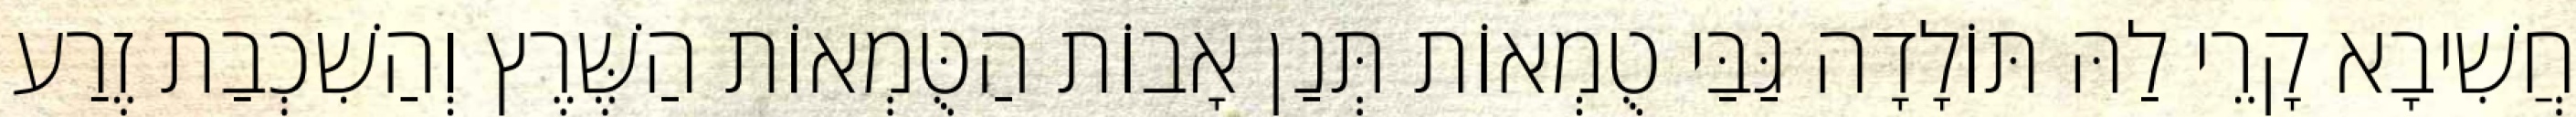
חֲשִׁיבָא קָרֵי לַהּ תּוֹלָדָה גַּבַּי טֻמְאוֹת תְּנַן אָבוֹת הַטֻּמְאוֹת הַשֶּׁרֶץ וְהַשִׁכְבַת זֶרַע